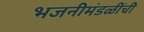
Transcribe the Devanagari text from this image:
भजनीमंडळींची